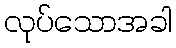
လုပ်သောအခါ